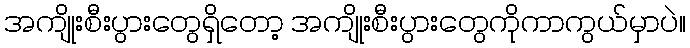
အကျိုးစီးပွားတွေရှိတော့ အကျိုးစီးပွားတွေကိုကာကွယ်မှာပဲ။